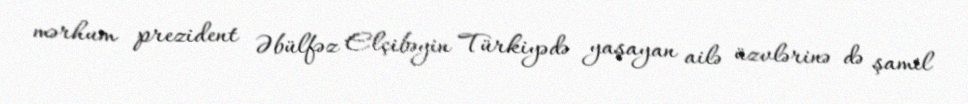
mərhum prezident Əbülfəz Elçibəyin Türkiyədə yaşayan ailə üzvlərinə də şamil